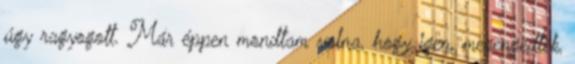
úgy ragyogott. Már éppen mondtam volna, hogy igen, megengedték,